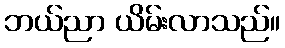
ဘယ်ညာ ယိမ်းလာသည်။